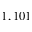
1 , 1 0 1